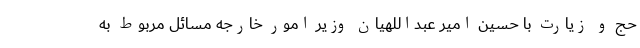
حج و زیارت با حسین امیر عبداللهیان وزیر امور خارجه مسائل مربوط به